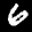
Label: 6